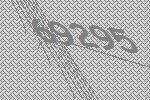
69295